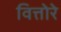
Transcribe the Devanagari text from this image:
वित्तोरे